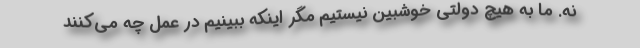
نه. ما به هیچ دولتی خوشبین نیستیم مگر اینکه ببینیم در عمل چه می‌کنند